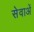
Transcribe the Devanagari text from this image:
सेवाअें